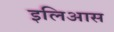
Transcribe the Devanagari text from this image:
इलिआस